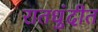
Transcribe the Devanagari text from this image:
रातधुंदीत